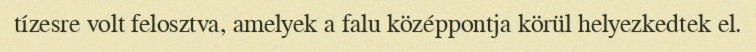
tízesre volt felosztva, amelyek a falu középpontja körül helyezkedtek el.